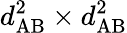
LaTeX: d_{\mathrm{AB}}^{2}\times d_{\mathrm{AB}}^{2}